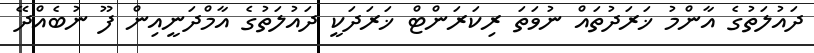
ދައުލަތުގެ އާންމު ޚަރަދުތައް ނުވަތަ ރިކަރަންޓް ޚަރަދަކީ ދައުލަތުގެ އާމްދަނީއިން ފޫ ނުބެއްދޭ